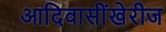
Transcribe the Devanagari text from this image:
आदिवासींखेरीज